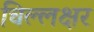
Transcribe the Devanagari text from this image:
चिल्लक्षर